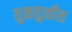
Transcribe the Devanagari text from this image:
तुळतुळीत